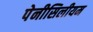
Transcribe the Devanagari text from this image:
पेनीसिलीयम